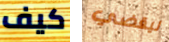
كيف ليقضي